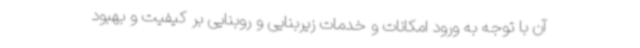
آن با توجه به ورود امکانات و خدمات زیربنایی و روبنایی بر کیفیت و بهبود